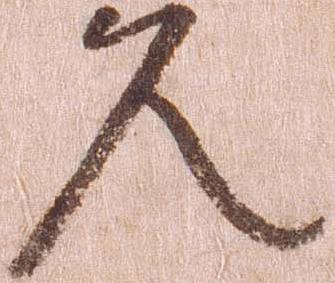
久